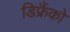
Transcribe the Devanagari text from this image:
डिफ्रैंको